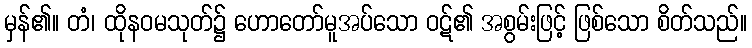
မှန်၏။ တံ၊ ထိုနဝမသုတ်၌ ဟောတော်မူအပ်သော ဝဋ်၏ အစွမ်းဖြင့် ဖြစ်သော စိတ်သည်။